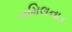
તમિલનાડ